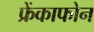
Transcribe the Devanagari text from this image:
फ्रेंकाफोन